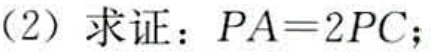
(2) 求证：\(PA = 2PC\)；